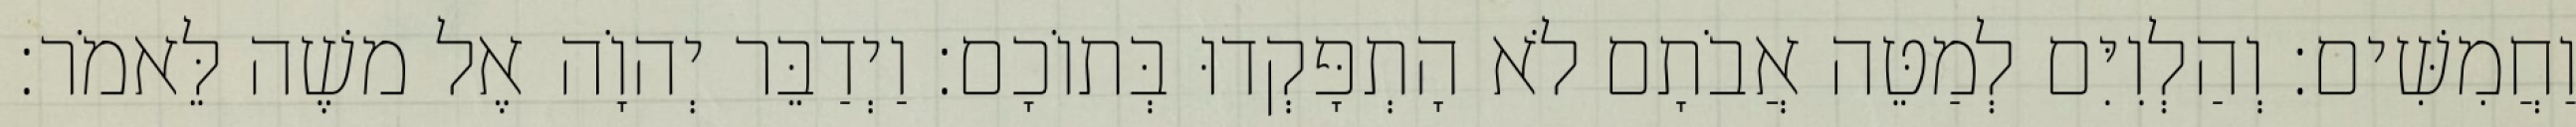
וַחֲמִשִּׁים׃ וְהַלְוִיִּם לְמַטֵּה אֲבֹתָם לֹא הָתְפָּקְדוּ בְּתוֹכָם׃ וַיְדַבֵּר יְהוָֹה אֶל משֶׁה לֵּאמֹר׃